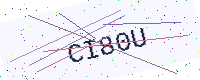
Text: CI80U